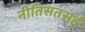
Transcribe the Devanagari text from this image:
नीतिसतसई